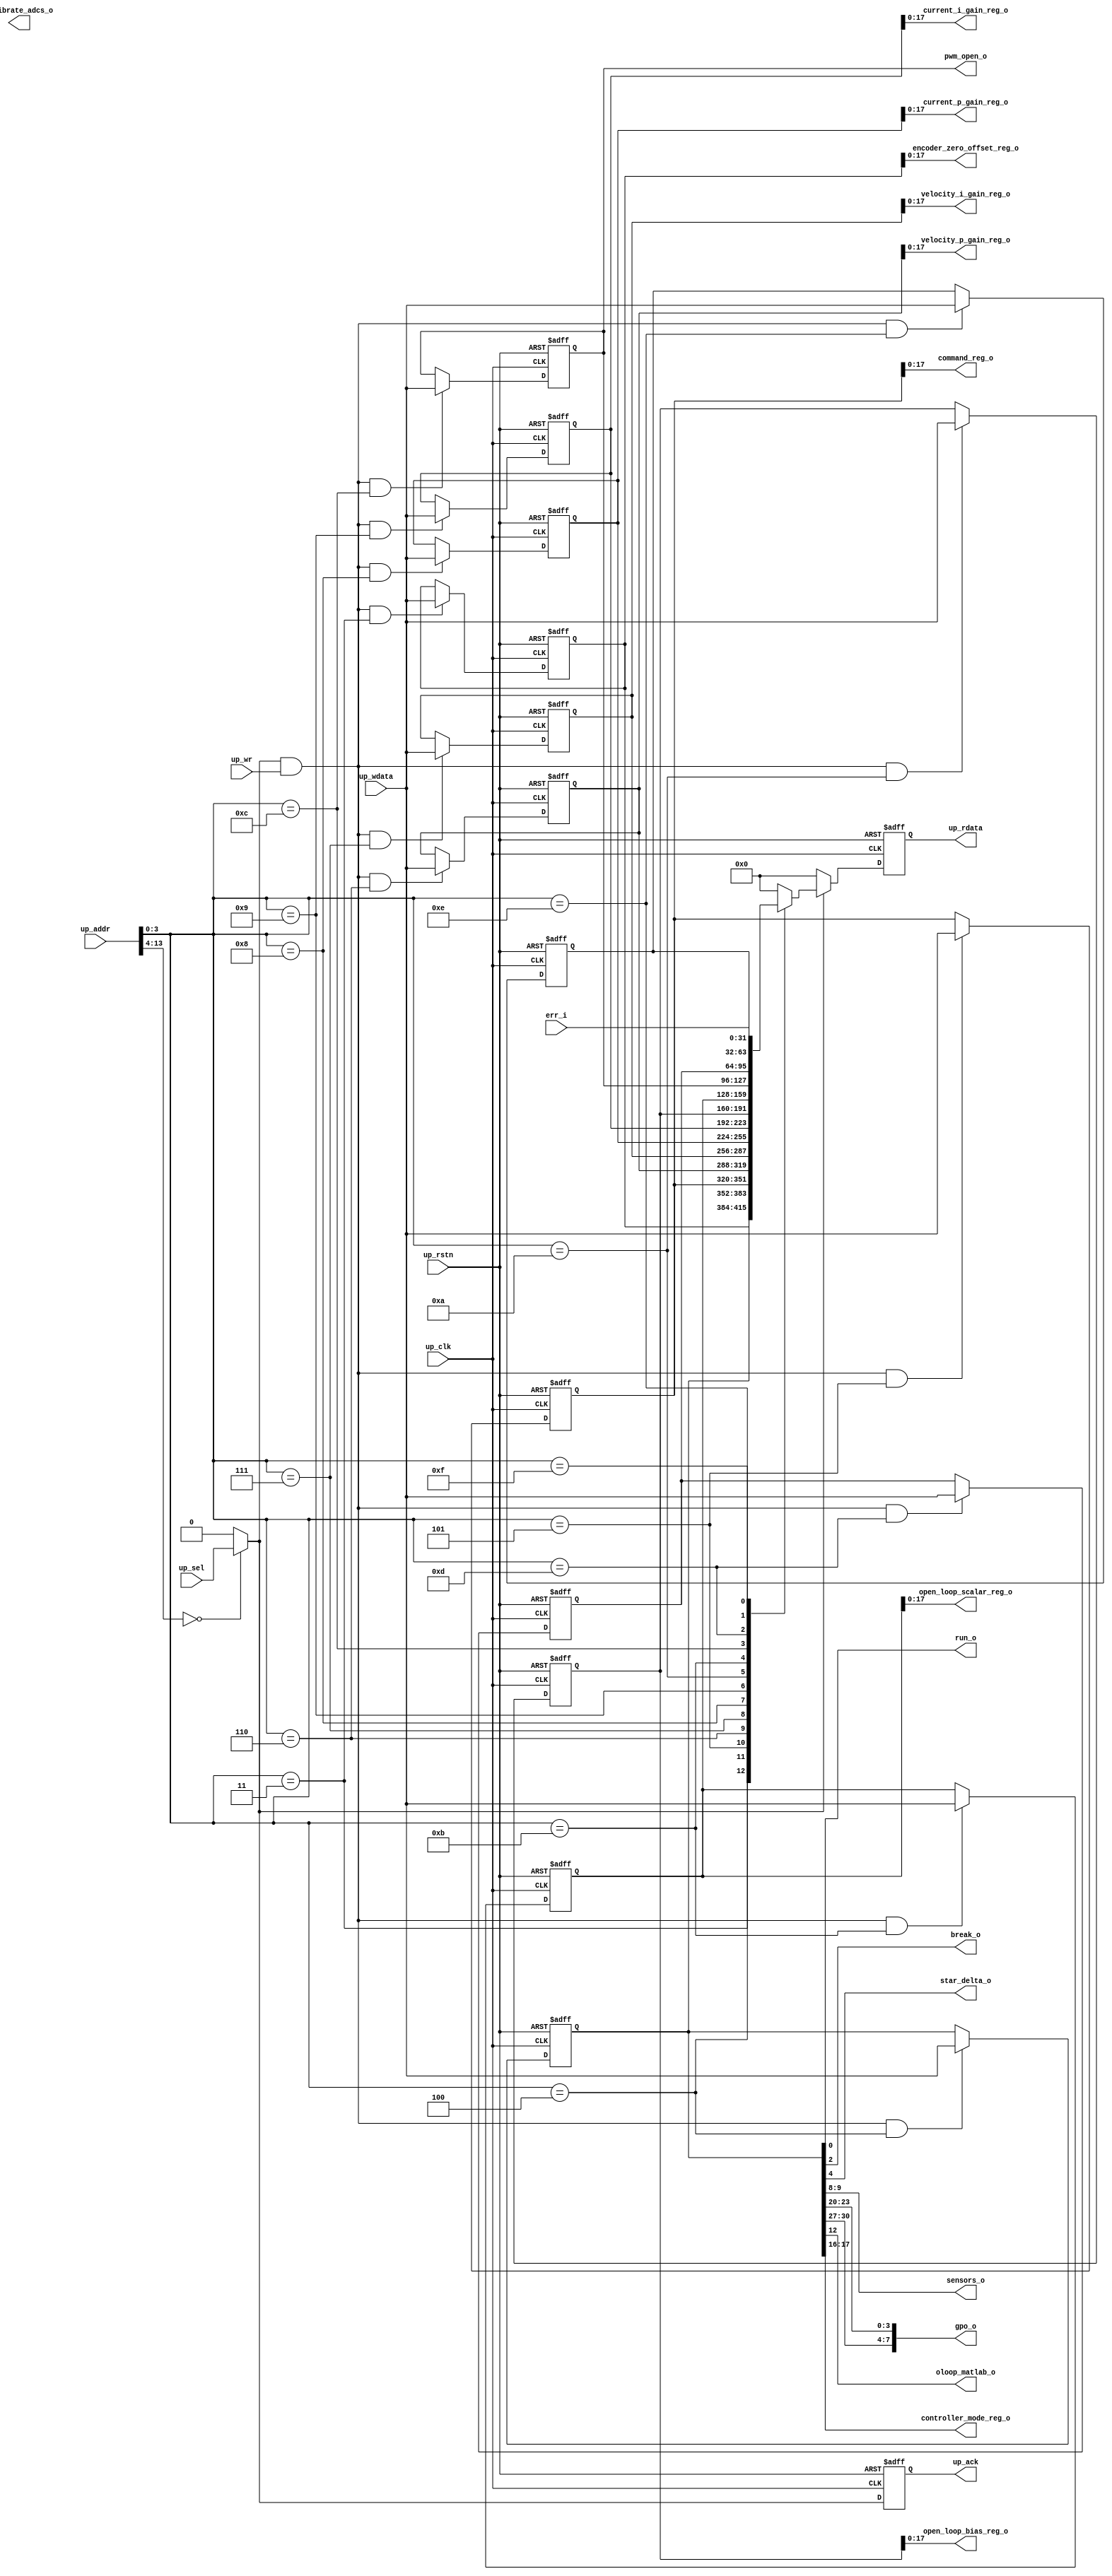
// ***************************************************************************
// ***************************************************************************
// Copyright 2013(c) Analog Devices, Inc.
// 
// All rights reserved.
// 
// Redistribution and use in source and binary forms, with or without modification,
// are permitted provided that the following conditions are met:
//     - Redistributions of source code must retain the above copyright
//       notice, this list of conditions and the following disclaimer.
//     - Redistributions in binary form must reproduce the above copyright
//       notice, this list of conditions and the following disclaimer in
//       the documentation and/or other materials provided with the
//       distribution.
//     - Neither the name of Analog Devices, Inc. nor the names of its
//       contributors may be used to endorse or promote products derived
//       from this software without specific prior written permission.
//     - The use of this software may or may not infringe the patent rights
//       of one or more patent holders.  This license does not release you
//       from the requirement that you obtain separate licenses from these
//       patent holders to use this software.
//     - Use of the software either in source or binary form, must be run
//       on or directly connected to an Analog Devices Inc. component.
//
// THIS SOFTWARE IS PROVIDED BY ANALOG DEVICES "AS IS" AND ANY EXPRESS OR IMPLIED WARRANTIES,
// INCLUDING, BUT NOT LIMITED TO, NON-INFRINGEMENT, MERCHANTABILITY AND FITNESS FOR A
// PARTICULAR PURPOSE ARE DISCLAIMED.
//
// IN NO EVENT SHALL ANALOG DEVICES BE LIABLE FOR ANY DIRECT, INDIRECT, INCIDENTAL, SPECIAL,
// EXEMPLARY, OR CONSEQUENTIAL DAMAGES (INCLUDING, BUT NOT LIMITED TO, INTELLECTUAL PROPERTY
// RIGHTS, PROCUREMENT OF SUBSTITUTE GOODS OR SERVICES; LOSS OF USE, DATA, OR PROFITS; OR 
// BUSINESS INTERRUPTION) HOWEVER CAUSED AND ON ANY THEORY OF LIABILITY, WHETHER IN CONTRACT,
// STRICT LIABILITY, OR TORT (INCLUDING NEGLIGENCE OR OTHERWISE) ARISING IN ANY WAY OUT OF 
// THE USE OF THIS SOFTWARE, EVEN IF ADVISED OF THE POSSIBILITY OF SUCH DAMAGE.
// ***************************************************************************
// ***************************************************************************

module control_registers_adv
(
//bus interface
    input              up_rstn,
    input              up_clk,
    input              up_sel,
    input              up_wr,
    input      [13:0]  up_addr,
    input      [31:0]  up_wdata,
    output reg [31:0]  up_rdata,
    output reg         up_ack,
//control
    input  [31:0]  err_i,
    output [31:0]  pwm_open_o,
    output         run_o,
    output         break_o,
    output         star_delta_o,
    output [ 1:0]  sensors_o,
    output [ 7:0]  gpo_o,
    output         oloop_matlab_o,
    output         calibrate_adcs_o,
    output [ 1:0]  controller_mode_reg_o,
    output [17:0]  command_reg_o,
    output [17:0]  velocity_p_gain_reg_o,
    output [17:0]  velocity_i_gain_reg_o,
    output [17:0]  current_p_gain_reg_o,
    output [17:0]  current_i_gain_reg_o,
    output [17:0]  open_loop_bias_reg_o,
    output [17:0]  open_loop_scalar_reg_o,
    output [17:0]  encoder_zero_offset_reg_o
);

//------------------------------------------------------------------------------
//----------- Registers Declarations -------------------------------------------
//------------------------------------------------------------------------------
//internal registers
reg [31:0] control_r;
reg [31:0] command_r;
reg [31:0] velocity_p_gain_r;
reg [31:0] velocity_i_gain_r;
reg [31:0] current_p_gain_r;
reg [31:0] current_i_gain_r;
reg [31:0] open_loop_bias_r;
reg [31:0] open_loop_scalar_r;
reg [31:0] encoder_zero_offset_r;
reg [31:0] pwm_open_r;
reg [31:0] pwm_break_r;
reg [31:0] status_r;

//------------------------------------------------------------------------------
//----------- Wires Declarations -----------------------------------------------
//------------------------------------------------------------------------------
//internal signals
wire        up_sel_s;
wire        up_wr_s;
wire [31:0] err_r;

//------------------------------------------------------------------------------
//----------- Assign/Always Blocks ---------------------------------------------
//------------------------------------------------------------------------------
//decode block select
assign up_sel_s = (up_addr[13:4] == 10'h00) ? up_sel : 1'b0;
assign up_wr_s = up_sel_s & up_wr;

assign run_o                    = control_r[0];     // Run the motor
assign break_o                  = control_r[2];     // Activate the Break circuit
assign star_delta_o             = control_r[4];     // Select between star [0] or delta [1] controller
assign sensors_o                = control_r[9:8];   // Select between Hall[00] and BEMF[01] sensors 
assign controller_mode_reg_o    = control_r[17:16]; // 0 Error, 1 StandBy, 2 Velocity Control, 3 Open Loop Velocity Control
assign gpo_o                    = {control_r[30:27],control_r[23:20]}; // GPO pin control

assign pwm_open_o               = pwm_open_r;       // PWM value, for open loop control

assign command_reg_o            = command_r[17:0];
assign velocity_p_gain_reg_o    = velocity_p_gain_r[17:0];
assign velocity_i_gain_reg_o    = velocity_i_gain_r[17:0];
assign current_p_gain_reg_o     = current_p_gain_r[17:0];
assign current_i_gain_reg_o     = current_i_gain_r[17:0];
assign open_loop_bias_reg_o     = open_loop_bias_r[17:0];
assign open_loop_scalar_reg_o   = open_loop_scalar_r[17:0];
assign encoder_zero_offset_reg_o= encoder_zero_offset_r[17:0];

assign err_r            = err_i;            // Register indicating the error between the set speed and actual speed
assign oloop_matlab_o   = control_r [12];   // Select between open loop control [0] and matlab control [1]

// processor write interface

always @(negedge up_rstn or posedge up_clk)
begin
   if (up_rstn == 0)
   begin
       encoder_zero_offset_r    <= 'h0;
       control_r                <= 'h2;
       command_r                <= 'h1111;
       velocity_p_gain_r        <= 'h1;
       velocity_i_gain_r        <= 'h1;
       current_p_gain_r         <= 'h1;
       current_i_gain_r         <= 'h1;
       open_loop_bias_r         <= 'd1638;
       open_loop_scalar_r       <= 'd1311;
       pwm_open_r               <= 'h5ff;
       pwm_break_r              <= 'd0;
       status_r                 <= 'd0;
   end
   else
   begin
       if ((up_wr_s == 1'b1) && (up_addr[3:0] == 4'h3))
       begin
           encoder_zero_offset_r    <= up_wdata;
       end
       if ((up_wr_s == 1'b1) && (up_addr[3:0] == 4'h4))
       begin
           control_r                <= up_wdata;
       end
       if ((up_wr_s == 1'b1) && (up_addr[3:0] == 4'h5))
       begin
           command_r              <= up_wdata;
       end
       if ((up_wr_s == 1'b1) && (up_addr[3:0] == 4'h6))
       begin
           velocity_p_gain_r        <= up_wdata;
       end
       if ((up_wr_s == 1'b1) && (up_addr[3:0] == 4'h7))
       begin
           velocity_i_gain_r        <= up_wdata;
       end
       if ((up_wr_s == 1'b1) && (up_addr[3:0] == 4'h8))
       begin
           current_p_gain_r         <= up_wdata;
       end
       if ((up_wr_s == 1'b1) && (up_addr[3:0] == 4'h9))
       begin
           current_i_gain_r         <= up_wdata;
       end
       if ((up_wr_s == 1'b1) && (up_addr[3:0] == 4'ha))
       begin
           open_loop_bias_r         <= up_wdata;
       end
       if ((up_wr_s == 1'b1) && (up_addr[3:0] == 4'hb))
       begin
           open_loop_scalar_r       <= up_wdata;
       end
       if ((up_wr_s == 1'b1) && (up_addr[3:0] == 4'hc))
       begin
           pwm_open_r          <= up_wdata;
       end
       if ((up_wr_s == 1'b1) && (up_addr[3:0] == 4'hd))
       begin
           pwm_break_r         <= up_wdata;
       end
       if ((up_wr_s == 1'b1) && (up_addr[3:0] == 4'he))
       begin
           status_r            <= up_wdata;
       end
   end
end


// processor read interface
//
always @(negedge up_rstn or posedge up_clk) 
begin
    if (up_rstn == 0) begin
        up_ack <= 'd0;
        up_rdata <= 'd0;
    end
    else
    begin
        up_ack <= up_sel_s;
        if (up_sel_s == 1'b1)
        begin
            case (up_addr[3:0])
                4'h3: up_rdata <= encoder_zero_offset_r;
                4'h4: up_rdata <= control_r;
                4'h5: up_rdata <= command_r;
                4'h6: up_rdata <= velocity_p_gain_r;
                4'h7: up_rdata <= velocity_i_gain_r;
                4'h8: up_rdata <= current_p_gain_r;
                4'h9: up_rdata <= current_i_gain_r;
                4'ha: up_rdata <= open_loop_bias_r;
                4'hb: up_rdata <= open_loop_scalar_r;
                4'hc: up_rdata <= pwm_open_r;
                4'hd: up_rdata <= pwm_break_r;
                4'he: up_rdata <= status_r;
                4'hf: up_rdata <= err_r;
                default: up_rdata <= 0;
            endcase
        end
        else
        begin
            up_rdata <= 32'd0;
        end
    end
end

endmodule